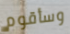
وسأقوم